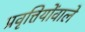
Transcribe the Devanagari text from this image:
प्रवृत्तियोंवाले